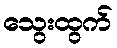
သွေးထွက်